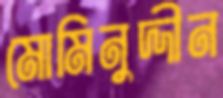
মোমিনুদ্দীন